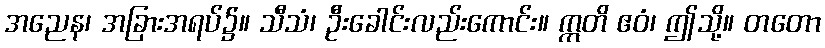
အညေန၊ အခြားအရပ်၌။ သီသံ၊ ဦးခေါင်းလည်းကောင်း။ ဣတိ ဧဝံ၊ ဤသို့။ တတော